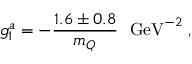
g _ { 1 } ^ { a } = - { \frac { 1 . 6 \pm 0 . 8 } { m _ { Q } } } ~ ~ \mathrm { G e V } ^ { - 2 } \; ,